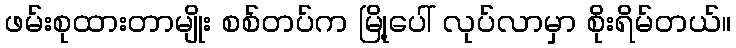
ဖမ်းစုထားတာမျိုး စစ်တပ်က မြို့ပေါ် လုပ်လာမှာ စိုးရိမ်တယ်။